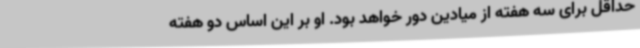
حداقل برای سه هفته از میادین دور خواهد بود. او بر این اساس دو هفته